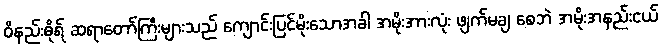
ဝိနည်းဓိုရ် ဆရာတော်ကြီးများသည် ကျောင်းပြင်မိုးသောအခါ အမိုးအားလုံး ဖျက်မချ စေဘဲ အမိုးအနည်းငယ်